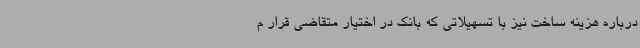
درباره هزینه ساخت نیز با تسهیلاتی که بانک در اختیار متقاضی قرار م